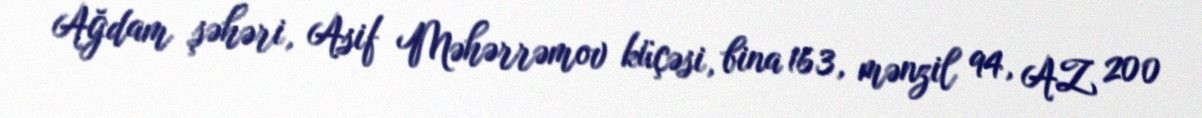
Ağdam şəhəri, Asif Məhərrəmov küçəsi, bina 163, mənzil 94, AZ 200